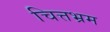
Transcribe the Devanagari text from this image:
चित्तभ्रम